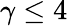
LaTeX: \gamma\le 4